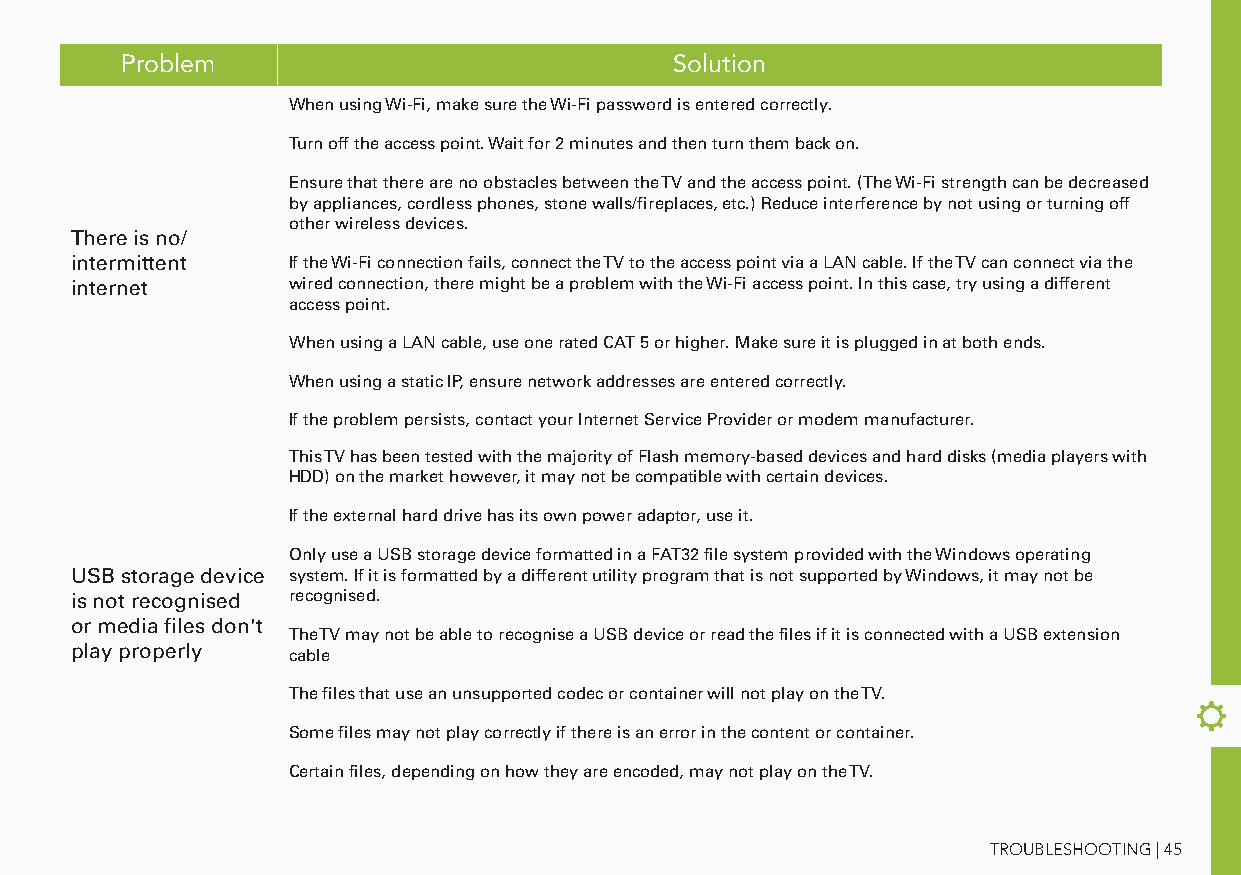
Problem                              Solution
 When using Wi-Fi, make sure the Wi-Fi password is entered correctly.
 Turn off the access point. Wait for 2 minutes and then turn them back on.
 Ensure that there are no obstacles between the TV and the access point. (The Wi-Fi strength can be decreased
 by appliances, cordless phones, stone walls/fireplaces, etc.) Reduce interference by not using or turning off
 other wireless devices.
 There is no/
 intermittent  If the Wi-Fi connection fails, connect the TV to the access point via a LAN cable. If the TV can connect via the
 internet      wired connection, there might be a problem with the Wi-Fi access point. In this case, try using a different
 access point.
 When using a LAN cable, use one rated CAT 5 or higher. Make sure it is plugged in at both ends.
 When using a static IP, ensure network addresses are entered correctly.
 If the problem persists, contact your Internet Service Provider or modem manufacturer.
 This TV has been tested with the majority of Flash memory-based devices and hard disks (media players with
 HDD) on the market however, it may not be compatible with certain devices.
 If the external hard drive has its own power adaptor, use it.
 Only use a USB storage device formatted in a FAT32 file system provided with the Windows operating
 USB storage device system. If it is formatted by a different utility program that is not supported by Windows, it may not be
 is not recognised recognised.
 or media files don't
 The TV may not be able to recognise a USB device or read the files if it is connected with a USB extension
 play properly cable
 The files that use an unsupported codec or container will not play on the TV.
 Some files may not play correctly if there is an error in the content or container.
 Certain files, depending on how they are encoded, may not play on the TV.
 TROUBLESHOOTING | 45